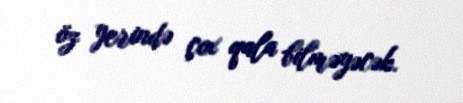
öz yerində çox qala bilməyəcək.